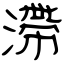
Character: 滯